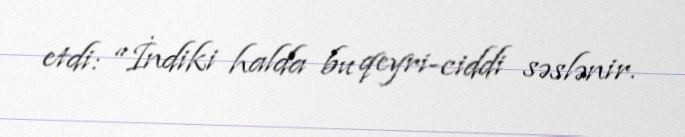
etdi: “İndiki halda bu qeyri-ciddi səslənir.